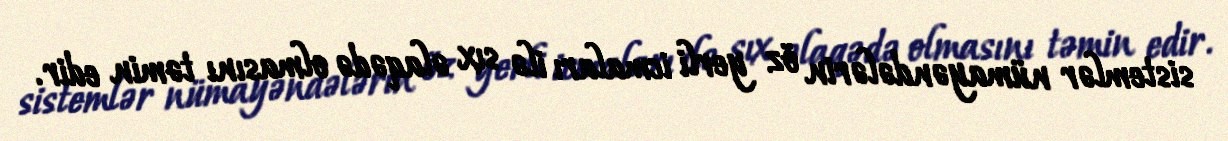
sistemlər nümayəndələrin öz yerli icmaları ilə sıx əlaqədə olmasını təmin edir.